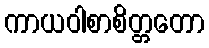
ကာယဝါစာစိတ္တတော